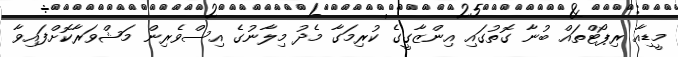
މީޑިއާ ރިޕޯޓްތައް ބުނާ ގޮތުގައި އިންޒާގީގެ ކުރިމަގާ މެދު މިލާނުގެ އިސްވެރިން މަޝްވަރާކޮށްފައިވާ